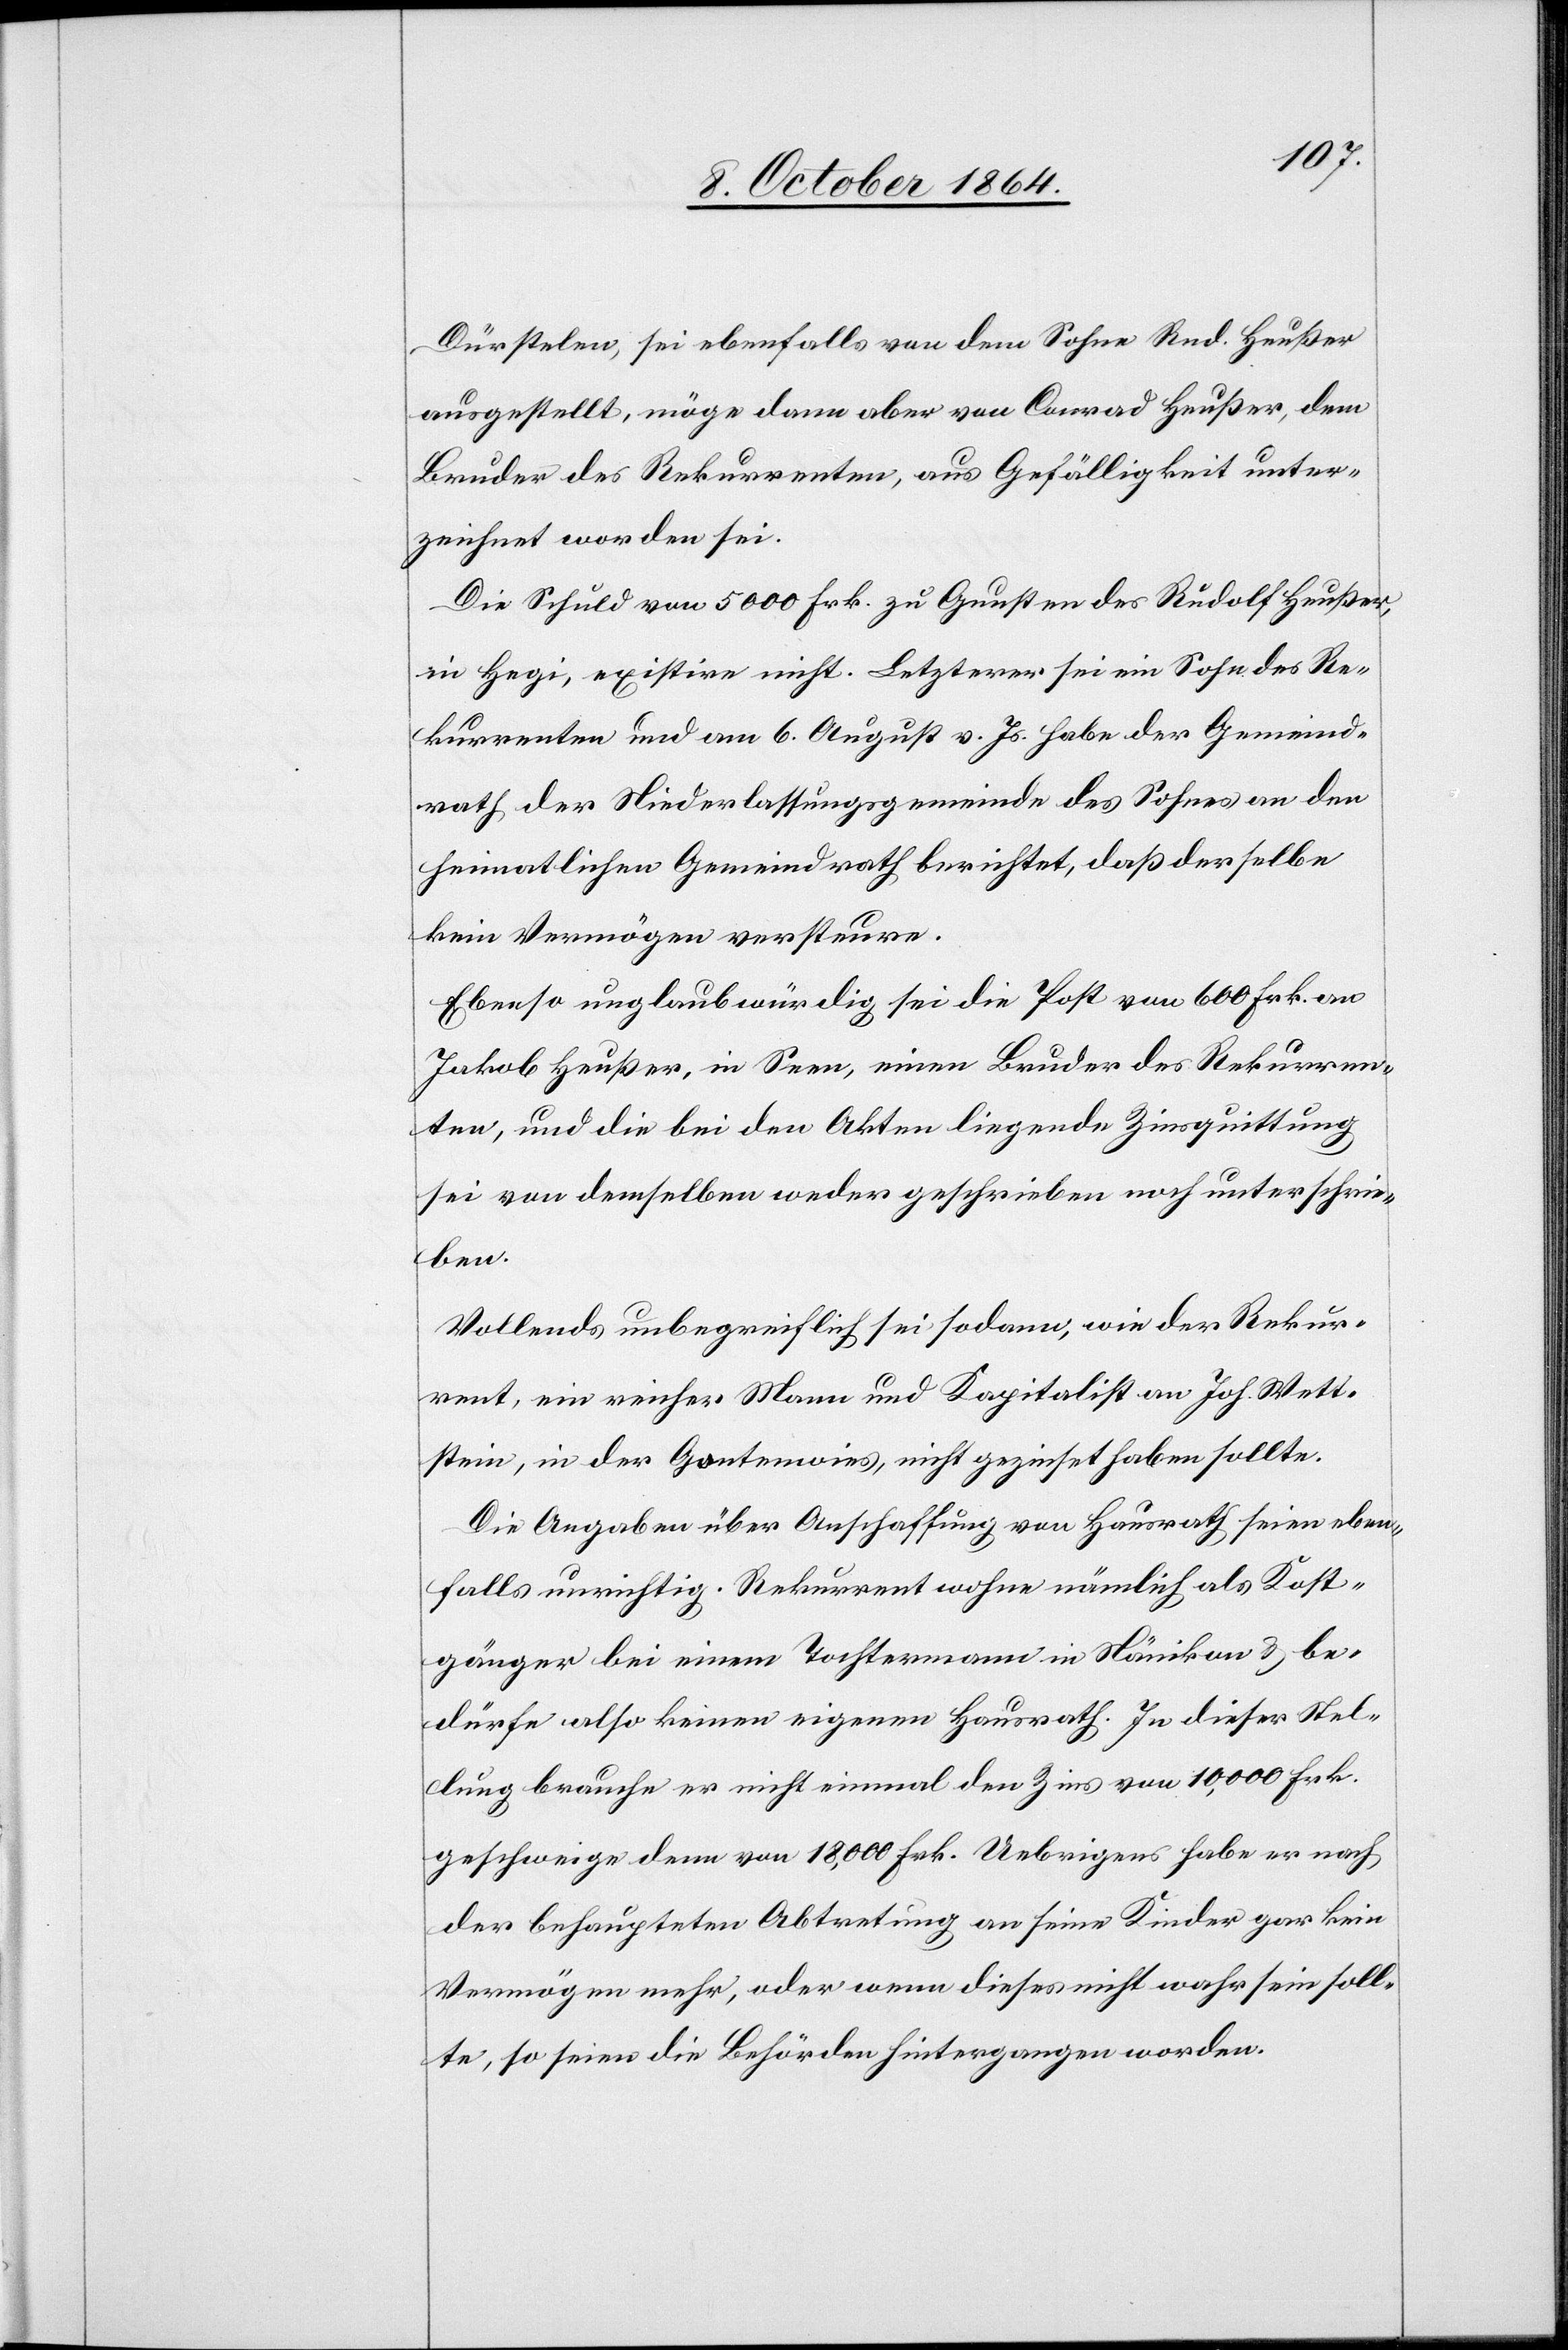
Dürstelen, sei ebenfalls von dem Sohne Rud. Heußer
ausgestellt, möge dann aber von Conrad Heußer, dem
Bruder des Rekurrenten, aus Gefälligkeit unter¬
zeichnet worden sei[n].
Die Schuld von 5 000 Frk. zu Gunsten des Rudolf Heußer,
in Hegi, existire nicht. Letzterer sei ein Sohn des Re¬
kurrenten und am 6. August v. Js. habe der Gemeind¬
rath der Niederlassungsgemeinde des Sohnes an den
heimatlichen Gemeindrath berichtet, daß derselbe
kein Vermögen versteure.
Ebenso unglaubwürdig sei die Post von 600 Frk. an
Jakob Heußer, in Seen, einen Bruder des Rekurren¬
ten, und die bei den Akten liegende Zinsquittung
sei von demselben weder geschrieben noch unterschrie¬
ben.
Vollends unbegreiflich sei sodann, wie der Rekur¬
rent, ein reicher Mann und Kapitalist an Joh. Wett¬
stein, in der Gontenwies, nicht gezeichnet haben sollte.
Die Angaben über Anschaffung von Hausrath seien eben¬
falls unrichtig. Rekurrent wohne nämlich als Kost¬
gänger bei einem Tochtermann in Nänikon & be¬
dürfe also keinen eigenen Hausrath. In dieser Stel¬
lung brauche er nicht einmal den Zins von 10,000 Frk.
geschweige denn von 18,000 Frk. Uebrigens habe er nach
der behaupteten Abtretung an seine Kinder gar kein
Vermögen mehr, oder wenn dieses nicht mehr wahr sein soll¬
te, so seien die Behörden hintergangen worden.